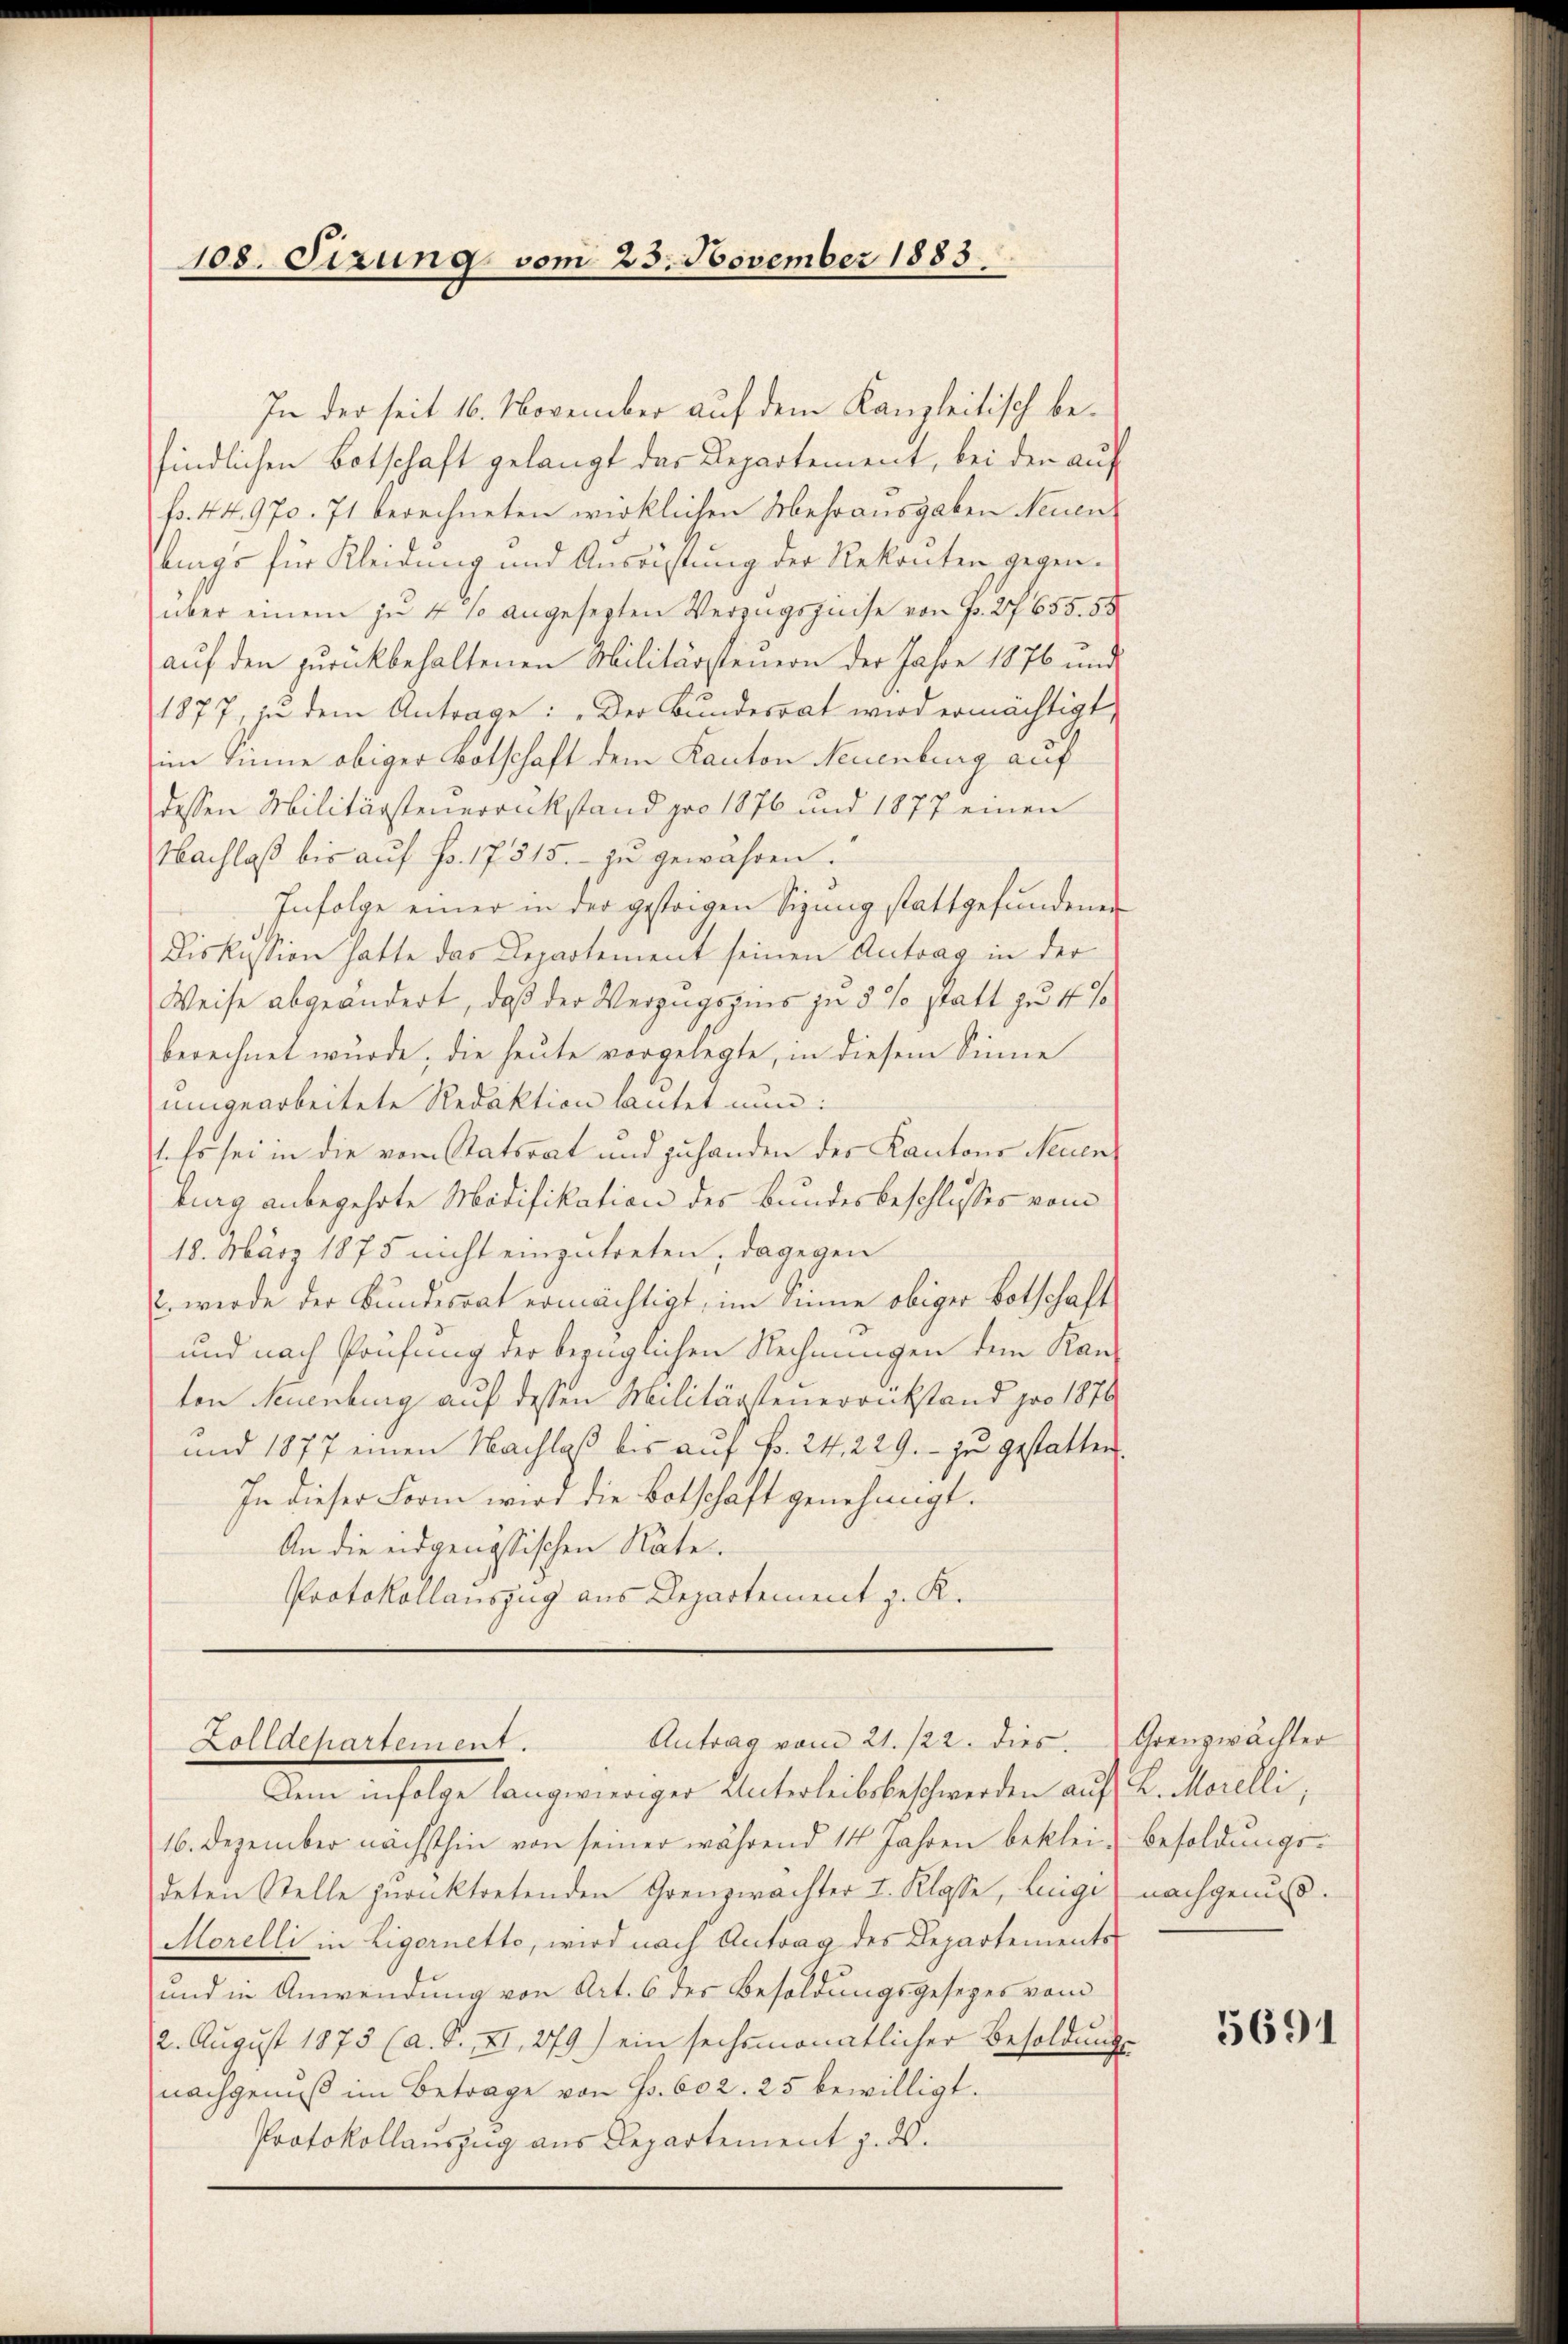
108. Sizung vom 25. November 1883

In der seit 16. November auf dem Kanzleitisch befindlichen Botschaft gelangt das Departement, bei den auf
fr. 44970. 71 berechneten wirklichen Mehrausgaben Neuen
lings für Kleidung und Ausrüstung der Rekonten gegenüber einem zu 4 % angesezten Verzugszinse von Fr. 27 655. 58
aŭf den zŭrückbehaltenen Militärsteŭern der Jahre 1876 und
1877, zu dem Antrage: „Der Bundesrat wird ermächtigt,
im Sinne obiger Botschaft dem Kanton Neuenburg auf
dessen Militärsteuerrückstand pro 1876 und 1877 einen
Nachlaß bis aŭf Fr. 17315.- zŭ gewähren.
Infolge einer in der gestrigen Sinnig stattgefundenen
Diskussion hatte das Departement seinen Antrag in der
Weise abgeändert, daß der Verzugszins zu 5 % statt zu 4 %
berechnet wurde; die heute vorgelegte, in diesem Sinne
umgearbeitete Redaktion lautet nun:
1. Es sei in die vom Statsrat und zuhanden der Kantons Neuenburg anbegehrte Modifikation des Bundesbeschlusses vom
18. März 1875 nicht einzutreten, dagegen
E. werde der Bundesrat ermächtigt, im Sinne obiger Botschaft
und nach Prüfung der bezüglichen Rechnungen dem Kanton Neuenburg auf dessen Militärsteuerrückstand pro 1876
und 1877 einen Nachlaß bis auf Fr. 24, 229.- zu gestatten.
In dieser Form wird die Botschaft genehmigt.
An die eidgenössischen Rate
Protokollauszug aus Departement z. K.

Dem infolge langwieriger Unterleibsbeschwerden auf K. Morelli,
16. Dezember nächsthin von seiner während 14 Jahren beklei- Besoldŭngs-
deten Stelle zurücktretenden Grenzwachter I. Klasse, liege nachgenuß¬
Morelli in Ligornetto, wird nach Antrag des Departements-
und in Anwendung von Art. 6 des Besoldungsgesezes vom
2. August 1875 (a. S. II, 279) ein sechsmonatlicher Besoldŭngs-
nachgenuß im Betrage von Fr. 602. 25 bewilligt.
Protokollauszug aus Departement z. ds.

Antrag vom 21. /22. dies
Zolldepartement.

Grenzwächter

5691